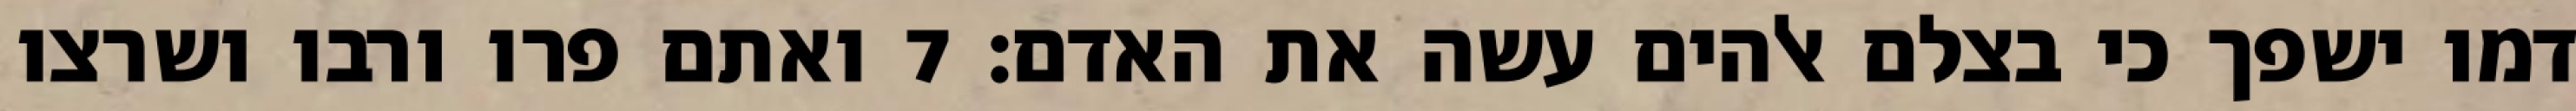
דמו ישפך כי בצלם אלהים עשה את האדם׃ ‎7‏ ואתם פרו ורבו ושרצו